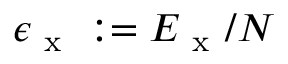
\epsilon _ { \mathrm { ~ x ~ } } : = E _ { \mathrm { ~ x ~ } } / N